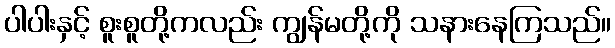
ပါပါးနှင့် စူးစူတို့ကလည်း ကျွန်မတို့ကို သနားနေကြသည်။